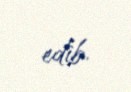
edib.